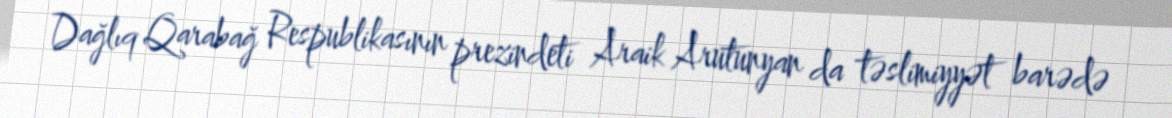
Dağlıq Qarabağ Respublikasının prezindeti Araik Arutunyan da təslimiyyət barədə